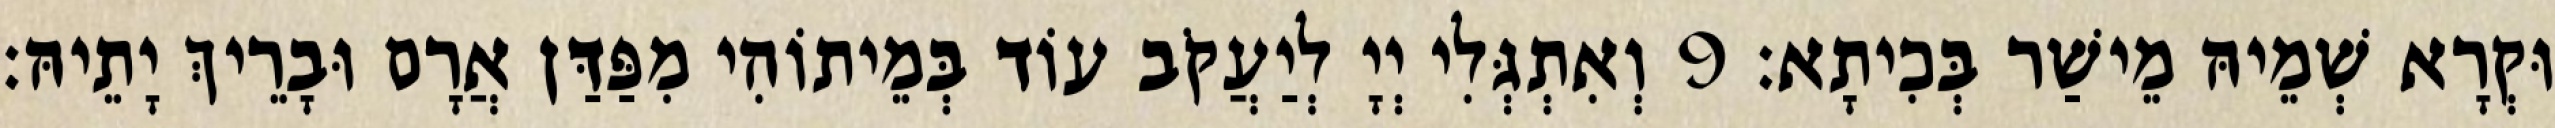
וּקְרָא שְׁמֵיהּ מֵישַׁר בְּכִיתָא׃ 9 וְאִתְגְּלִי יְיָ לְיַעֲקֹב עוֹד בְּמֵיתוֹהִי מִפַּדַּן אֲרָם וּבָרֵיךְ יָתֵיהּ׃